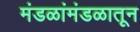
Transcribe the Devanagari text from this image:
मंडळांमंडळातून